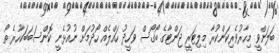
ބަލަންވީ މިހާރުވެރިކަންކުރާ މިލިޓަރީ ޖަންޓާގެ ބޯގޯސް ވަހީދު ހައްލެއް ހޯދުމަށް ނުއުޅެނީ ކޮންސަބަބަކާހުރެތޯ